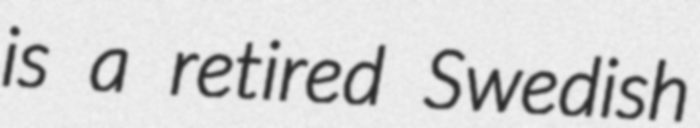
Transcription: is a retired Swedish